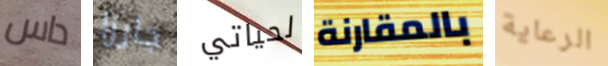
داس جارزا لحياتي بالمقارنة الرعاية